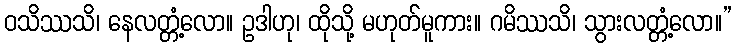
ဝသိဿသိ၊ နေလတ္တံ့လော။ ဥဒါဟု၊ ထိုသို့ မဟုတ်မူကား။ ဂမိဿသိ၊ သွားလတ္တံ့လော။”